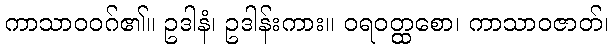
ကာသာဝဝဂ်၏။ ဥဒါနံ၊ ဥဒါန်းကား။ ဝရဝတ္ထစော၊ ကာသာဝဇာတ်၊